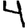
Digit: 4